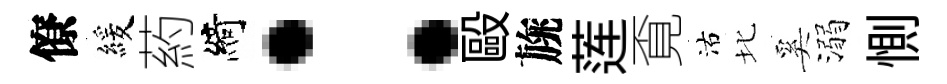
僚緩葯綺：毆旐莲覔沽北奚溺惻